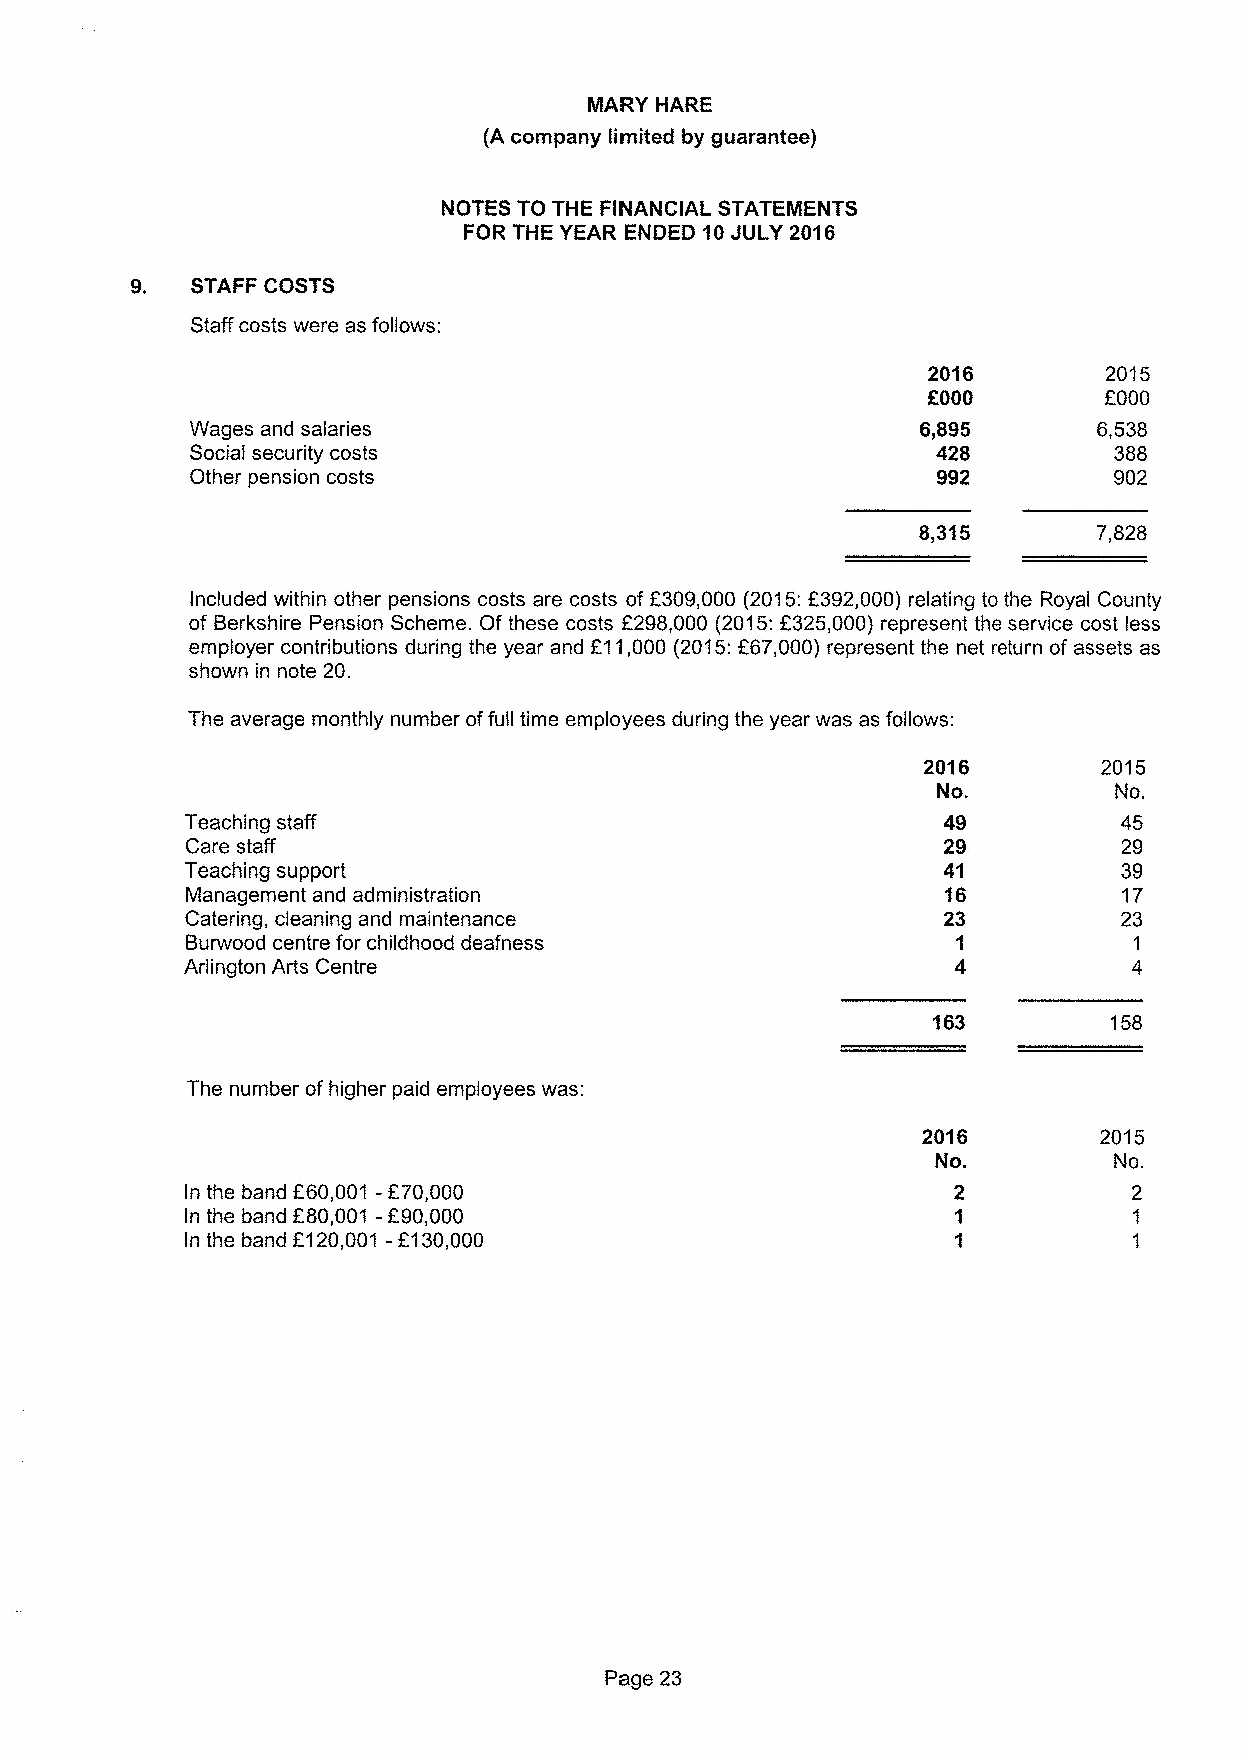
MARY HARE
 (A company limited by guarantee)
 NOTES TO THE FINANCIAL STATEMENTS
 FOR THE YEAR ENDED 10JULY 2016
 9.  STAFF COSTS
 Staff costs were as follows:
 2016        2015
 f
 000        f000
 VVages and salaries                             6,895       6,538
 Social security costs                            428         388
 Other pension costs                              992         902
 8,315       7,828
 Included within other pensions costs are costs of F309,000 (2015:F392,000) relating to the Royal County
 of Berkshire Pension Scheme. Of these costs 2298,000 (2015:f325,000) represent the service cost less
 employer contributions during the year and F11,000 (2015:L67,000) represent the net return of assets as
 shown in note 20.
 The average monthly number offull time employees during the year was as follows:
 2016        2015
 No.         No.
 Teaching staff                                    49          45
 Care staff                                        29          29
 Teaching support                                  41          39
 Management and administration                     16          17
 Catering, cleaning and maintenance                23          23
 Burwood centre for childhood deafness              1           1
 Arlington Arts Centre                                          4
 163        158
 The number ofhigher paid employees was:
 2016        2015
 No.         No.
 In the band 660,001 -670,000                       2           2
 In the band 280,001 -690,000                       1           1
 In the band 2120,001 -f130,000                     1           1
 Page 23